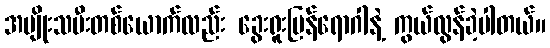
အမျိုးသမီးတစ်ယောက်လည်း ခွေးရူးပြန်ရောဂါနဲ့ ကွယ်လွန်ခဲ့ပါတယ်။